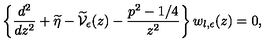
\left\{ \frac { d ^ { 2 } } { d z ^ { 2 } } + \widetilde { \eta } - \widetilde { \mathcal V } _ { \epsilon } ( z ) - \frac { p ^ { 2 } - 1 / 4 } { z ^ { 2 } } \right\} w _ { l , \epsilon } ( z ) = 0 ,